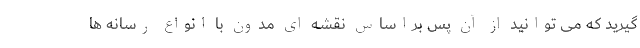
گیرید که می توانید از آن پس براساس نقشه ای مدون با انواع رسانه ها